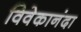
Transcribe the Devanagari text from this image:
विवेकानंदा